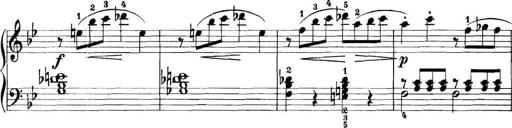
Title: 11 Sonatinas
Composer: Anton Diabelli